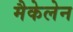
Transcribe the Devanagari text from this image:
मैकेलेन